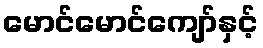
မောင်မောင်ကျော်နှင့်